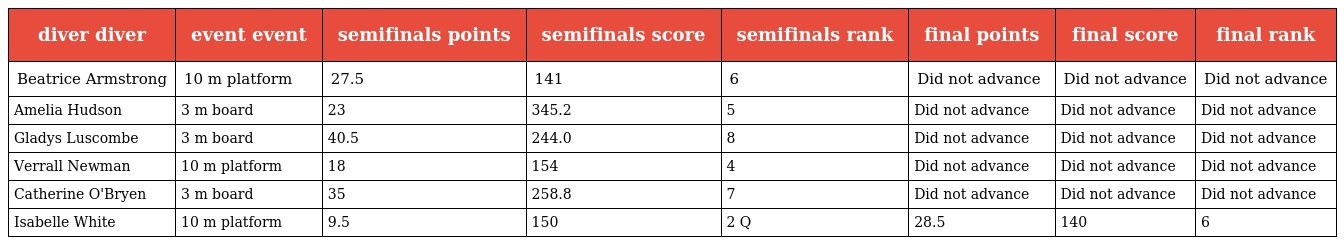
| diver diver | event event | semifinals points | semifinals score | semifinals rank | final points | final score | final rank |
 | --- | --- | --- | --- | --- | --- | --- | --- |
 | Beatrice Armstrong | 10 m platform | 27.5 | 141 | 6 | Did not advance | Did not advance | Did not advance |
 | Amelia Hudson | 3 m board | 23 | 345.2 | 5 | Did not advance | Did not advance | Did not advance |
 | Gladys Luscombe | 3 m board | 40.5 | 244.0 | 8 | Did not advance | Did not advance | Did not advance |
 | Verrall Newman | 10 m platform | 18 | 154 | 4 | Did not advance | Did not advance | Did not advance |
 | Catherine O'Bryen | 3 m board | 35 | 258.8 | 7 | Did not advance | Did not advance | Did not advance |
 | Isabelle White | 10 m platform | 9.5 | 150 | 2 Q | 28.5 | 140 | 6 |